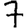
Digit: 7